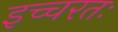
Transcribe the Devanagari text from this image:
इच्चरतः